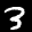
Label: 3